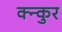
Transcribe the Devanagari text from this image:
क्न्कुर